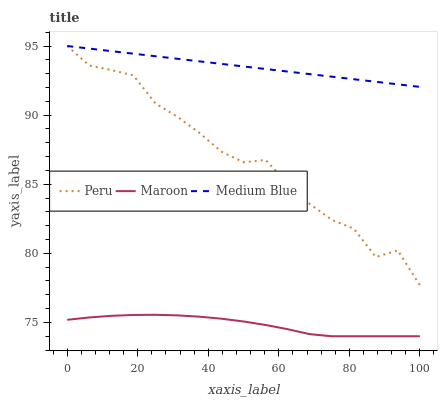
| xaxis_label | Peru | Maroon | Medium Blue |
 | --- | --- | --- | --- |
 | 0 | 95 | 75.2 | 95 |
 | 6.25 | 93.6 | 75.4 | 94.8 |
 | 12.5 | 93.3 | 75.5 | 94.6 |
 | 18.8 | 92.9 | 75.5 | 94.4 |
 | 25 | 90.8 | 75.6 | 94.3 |
 | 31.2 | 89.9 | 75.5 | 94.1 |
 | 37.5 | 88.7 | 75.4 | 93.9 |
 | 43.8 | 87.4 | 75.3 | 93.7 |
 | 50 | 86.6 | 75.1 | 93.5 |
 | 56.2 | 86.8 | 74.8 | 93.3 |
 | 62.5 | 85 | 74.5 | 93.2 |
 | 68.8 | 83.6 | 74.2 | 93 |
 | 75 | 82.4 | 74 | 92.8 |
 | 81.2 | 81.8 | 74 | 92.6 |
 | 87.5 | 79.7 | 74 | 92.4 |
 | 93.8 | 80.2 | 74 | 92.2 |
 | 100 | 77.7 | 74 | 92 |